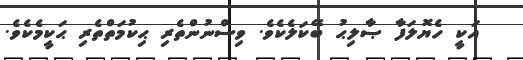
އަކީ ހެޔޮލަފާ ޞާލިޙު ބޭކަލެކެވެ. ވިސްނުންތެރި ޙިކުމަތްތެރި ޙަކީމެކެވެ.